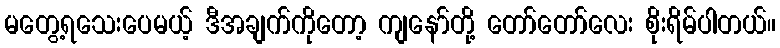
မတွေ့ရသေးပေမယ့် ဒီအချက်ကိုတော့ ကျနော်တို့ တော်တော်လေး စိုးရိမ်ပါတယ်။